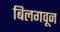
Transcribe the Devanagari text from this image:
बिलगवून